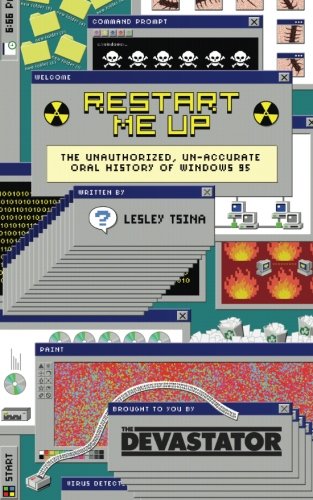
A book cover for Restart Me Up: The Unauthorized, Un-Accurate Oral History of Windows 95; Lesley Tsina; Humor & Entertainment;